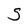
Character: S